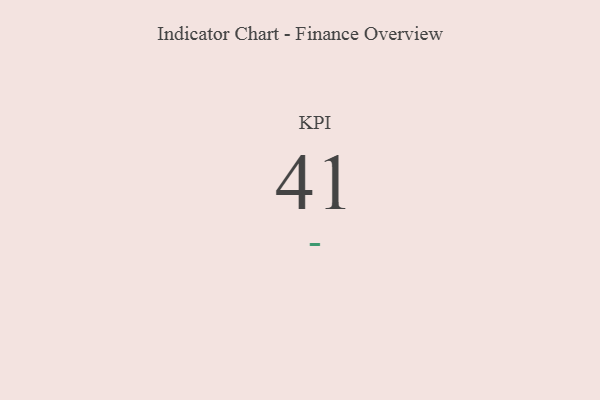
{"axis": {"x": "KPI", "y": "Value"}, "legend": [""], "data": [{"x": "KPI", "y": 41, "type": ""}]}